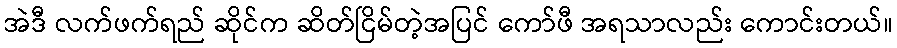
အဲဒီ လက်ဖက်ရည် ဆိုင်က ဆိတ်ငြိမ်တဲ့အပြင် ကော်ဖီ အရသာလည်း ကောင်းတယ်။